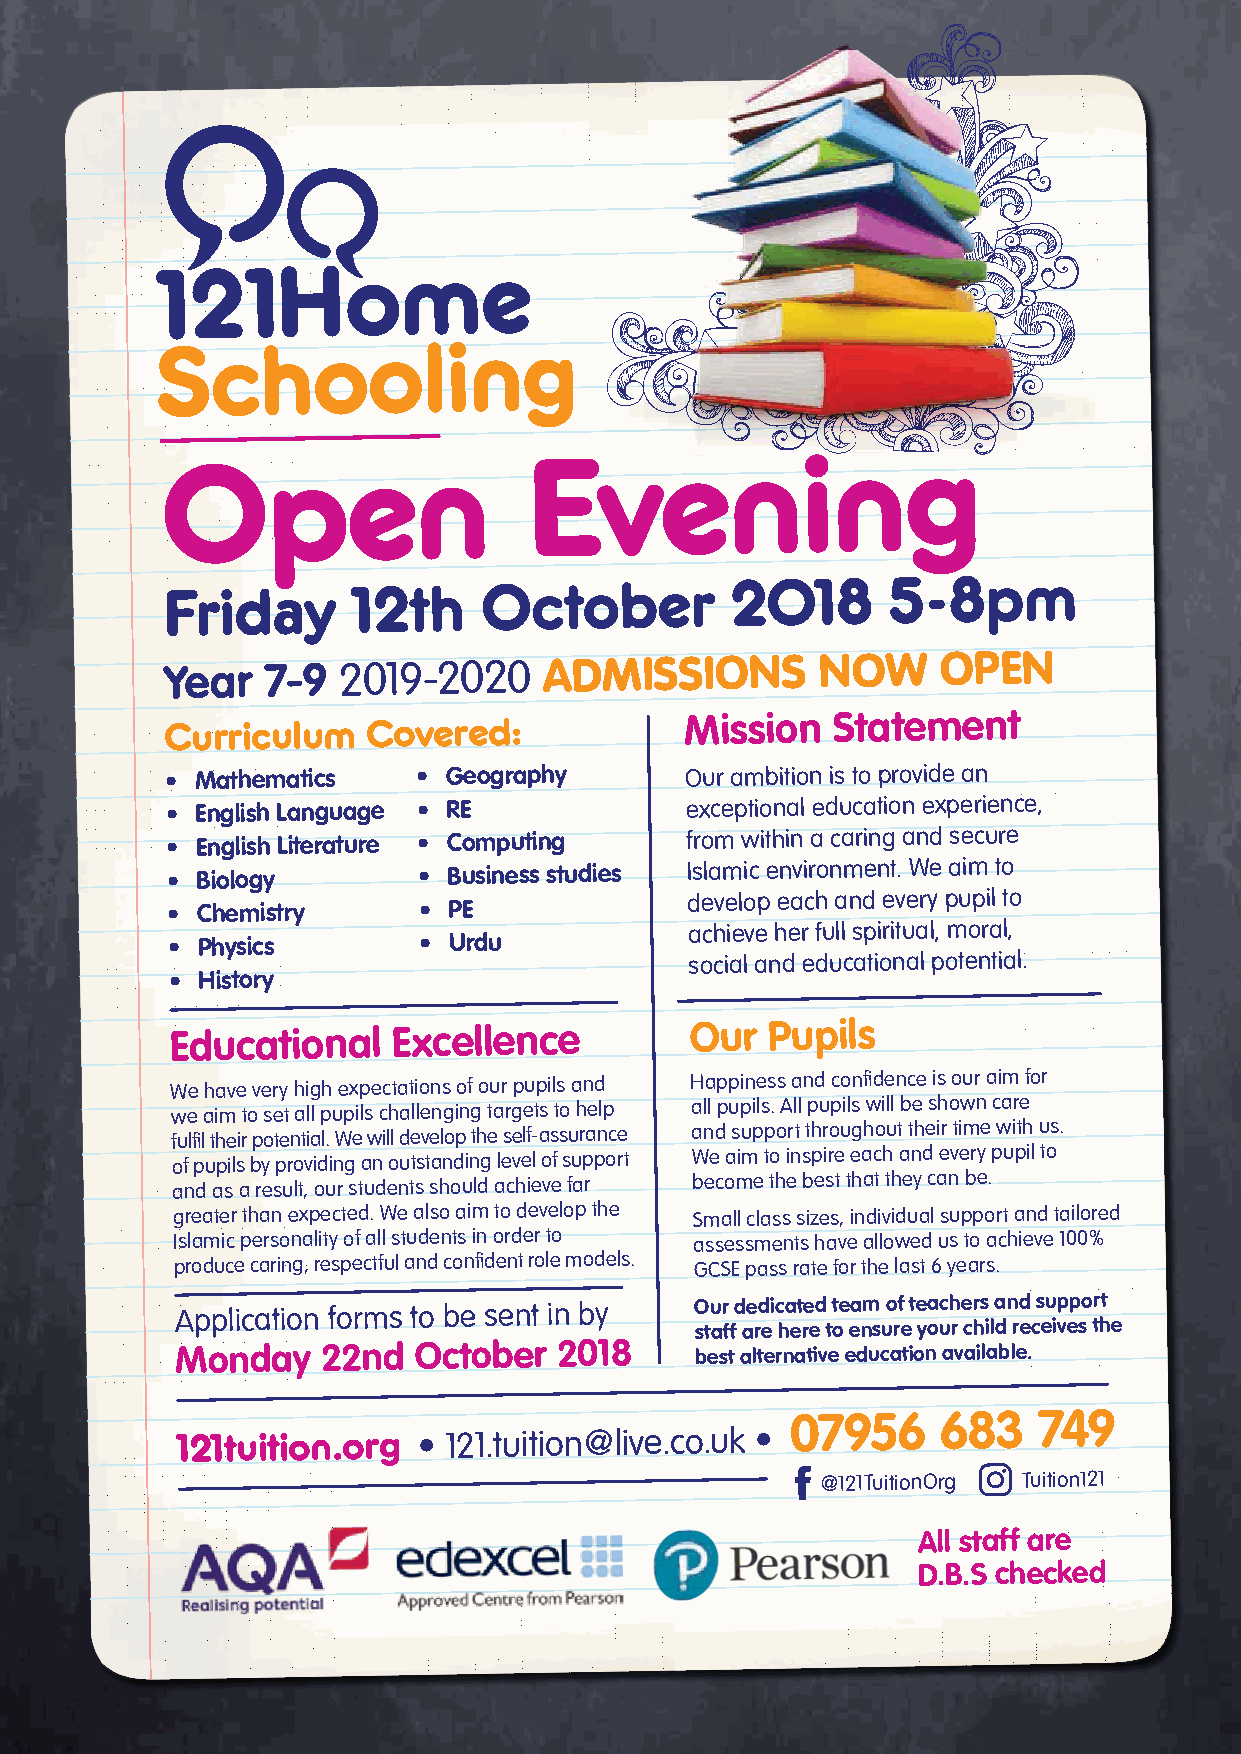
Open
 Evening
 Friday      12th     October         2018       5-8pm
 Year   7-9 2019-2020     ADMISSIONS        NOW     OPEN
 Curriculum   Covered:             Mission   Statement
 • Mathematics    • Geography      Our ambition is to provide an
 • English Language • RE           exceptional education experience,
 • English Literature • Computing  from within a caring and secure
 • Biology        • Business studies Islamic environment. We aim to
 develop each and every pupil to
 • Chemistry      • PE
 achieve her full spiritual, moral,
 • Physics        • Urdu
 social and educational potential.
 • History
 Educational    Excellence          Our  Pupils
 We have very high expectations of our pupils and Happiness and confidence is our aim for
 we aim to set all pupils challenging targets to help all pupils. All pupils will be shown care
 fulfil their potential. We will develop the self-assurance and support throughout their time with us.
 of pupils by providing an outstanding level of support We aim to inspire each and every pupil to
 and as a result, our students should achieve far become the best that they can be.
 greater than expected. We also aim to develop the Small class sizes, individual support and tailored
 Islamic personality of all students in order to assessments have allowed us to achieve 100%
 produce caring, respectful and confident role models. GCSE pass rate for the last 6 years.
 Application forms to be sent in by Our dedicated team of teachers and support
 staff are here to ensure your child receives the
 Monday   22nd  October   2018     best alternative education available.
 07956     683    749
 121tuition.org  • 121.tuition@live.co.uk •
 @121TuitionOrg Tuition121
 All staff are
 D.B.S checked